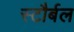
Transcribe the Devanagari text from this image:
स्टौर्बल